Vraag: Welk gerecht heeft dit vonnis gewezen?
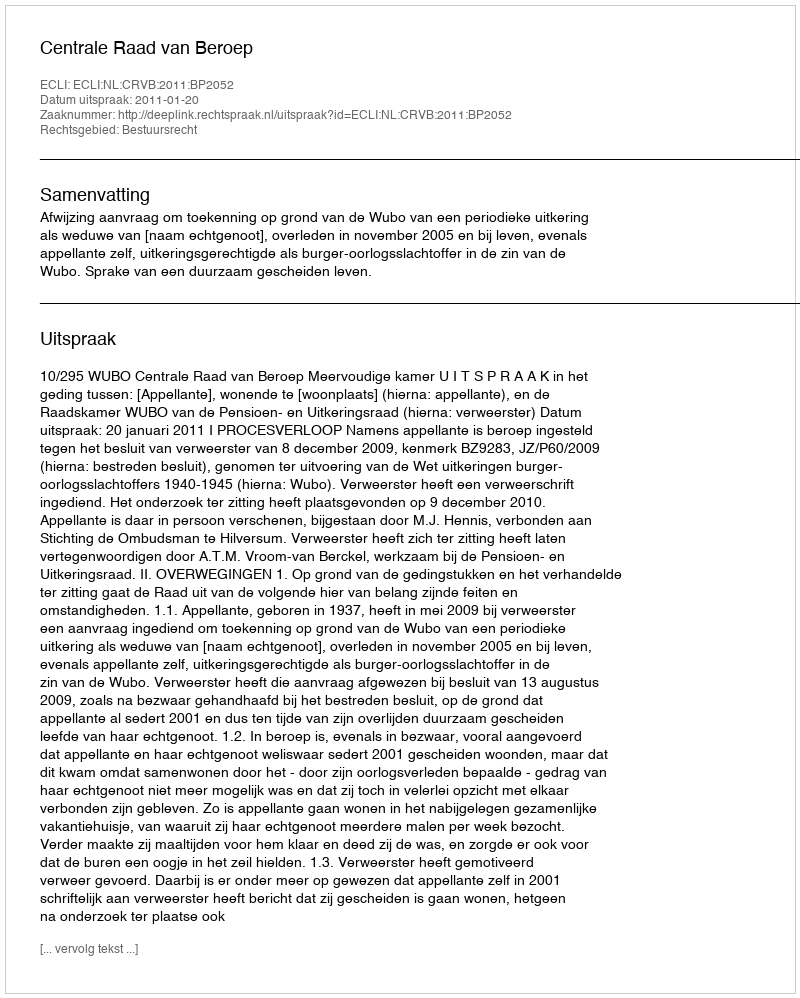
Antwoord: Centrale Raad van Beroep